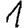
Digit: 1